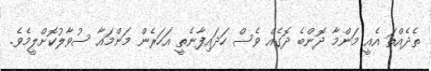
ތެދެއްތަ އެއީ މަންމާ ދޮންބެ ދޮގެއް ވެސް ހަދައިފާނެތީ އަހަރެން މަންމައާ ސުވާލުކޮށްލީމެވެ.